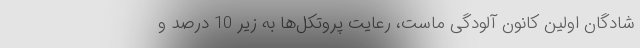
شادگان اولین کانون آلودگی ماست، رعایت پروتکل‌‌ها به زیر 10 درصد و